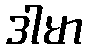
ဒါမာ